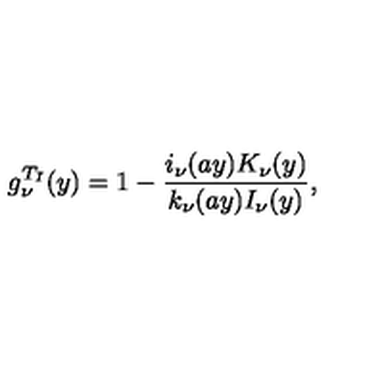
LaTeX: g _ { \nu } ^ { T _ { I } } ( y ) = 1 - { \frac { i _ { \nu } ( a y ) K _ { \nu } ( y ) } { k _ { \nu } ( a y ) I _ { \nu } ( y ) } } ,